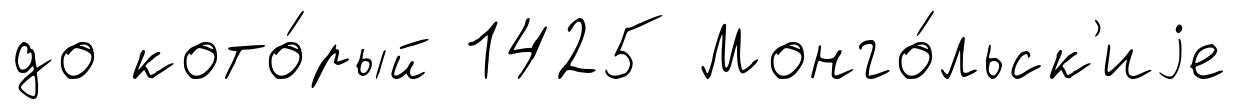
до кото́рый 1425 Монго́льск'иjе